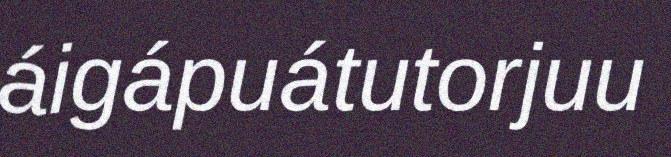
áigápuátutorjuu